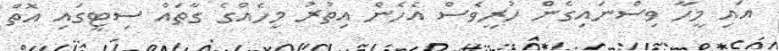
އައި މީހާ ވިސްނައިގެން ހުރީވެސް އެހެން އިތުރު މީހެއްގެ ގާތައް ސިޓީގައި އޮތް